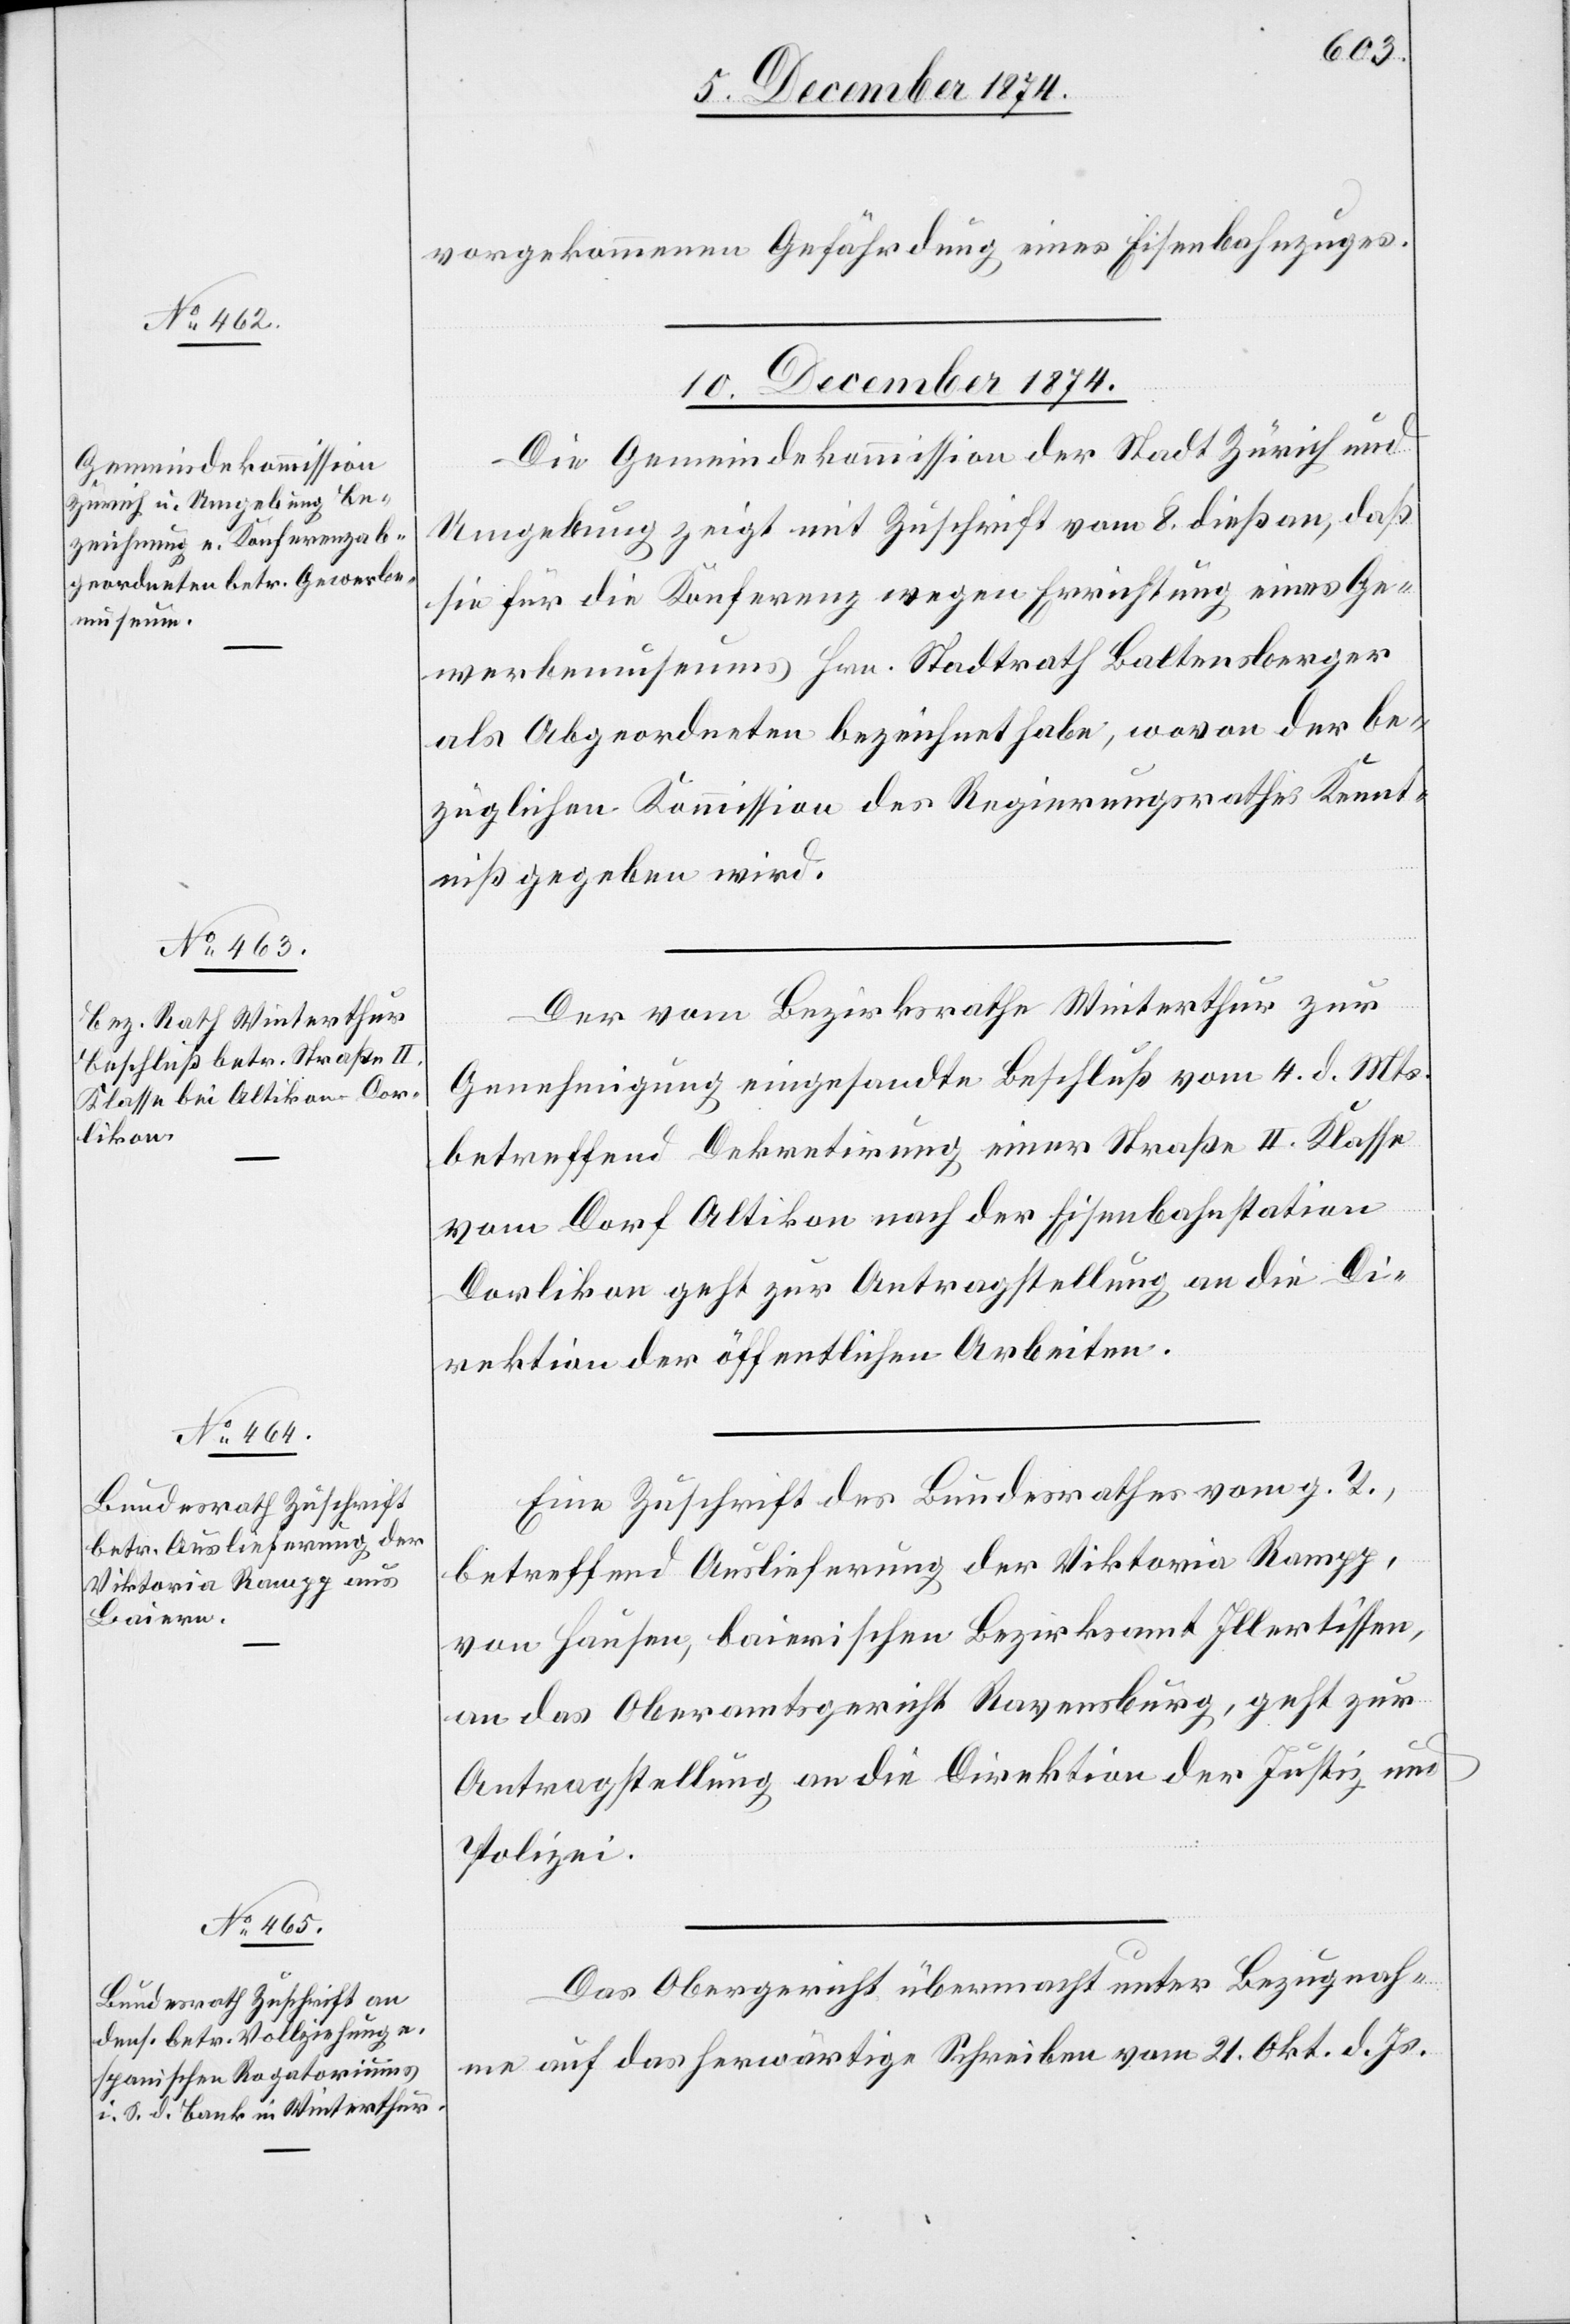
vorgekommenen Gefährdung eines Eisenbahnzuges.
10. Dezember 1874.]
Die Gemeindekommission der Stadt Zürich und
Umgebung zeigt mit Zuschrift vom 8. dieß an, daß
sie für die Konferenz wegen Errichtung eines Ge¬
werbemuseums Hrn. Stadtrath Baltensberger
als Abgeordneten bezeichnet habe, wovon der be¬
züglichen Kommission des Regierungsrathes Kennt¬
niß gegeben wird.
Der vom Bezirksrathe Winterthur zur
Genehmigung eingesandte Beschluß vom 4. d. Mts.
betreffend Dekretirung einer Straße II. Klasse
vom Dorf Altikon nach der Eisenbahnstation
Dorlikon geht zur Antragstellung an die Di¬
rektion der öffentlichen Arbeiten.
Eine Zuschrift des Bundesrathes vom g. T.,
betreffend Auslieferung der Viktoria Rampp,
von Hausen, baierischen Bezirksamt Illertissen,
an das Oberamtsgericht Ravensburg, geht zur
Antragstellung an die Direktion der Justiz und
Polizei.
Das Obergericht übermacht unter Bezugnah¬
me auf das herwärtige Schreiben vom 21. Okt. d. Js.